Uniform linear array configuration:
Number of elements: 4
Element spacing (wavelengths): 1
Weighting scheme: hamming
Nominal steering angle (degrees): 30
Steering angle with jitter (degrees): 29.181
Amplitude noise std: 0.05
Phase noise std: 0.05

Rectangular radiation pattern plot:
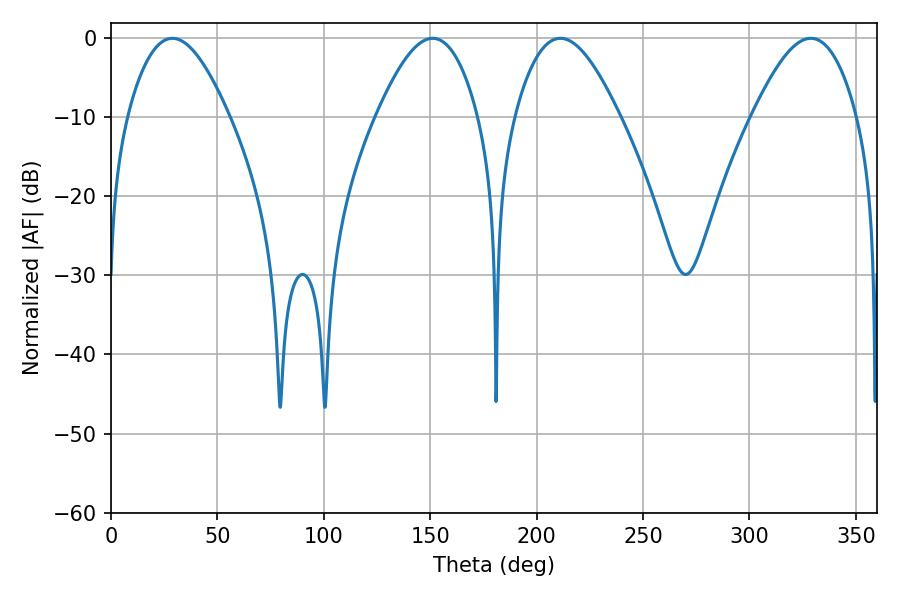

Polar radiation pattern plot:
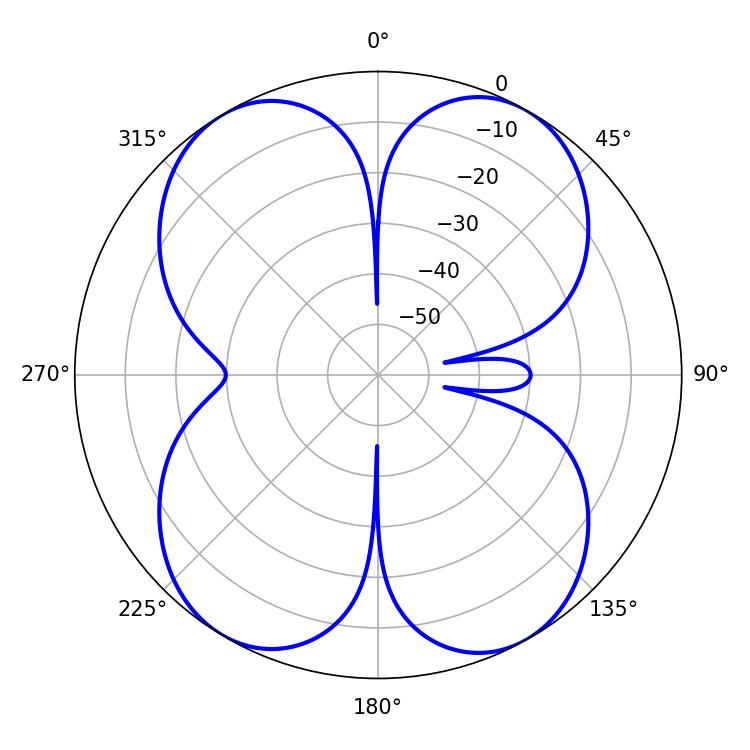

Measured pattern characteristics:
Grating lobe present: TRUE
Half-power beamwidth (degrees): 26.46
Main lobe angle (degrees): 211.14